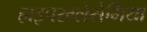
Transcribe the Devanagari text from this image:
हाइपरग्लेसेमिया